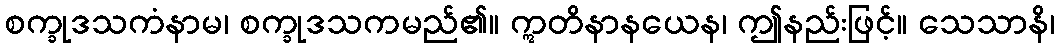
စက္ခုဒသကံနာမ၊ စက္ခုဒသကမည်၏။ ဣတိနာနယေန၊ ဤနည်းဖြင့်။ သေသာနိ၊